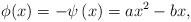
LaTeX: \begin{align*}\phi (x) = -\psi\left(x\right)=ax^{2}- bx,\end{align*}